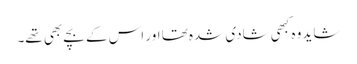
شاید وہ کبھی شادی شدہ تھا اور اس کے بچے بھی تھے۔